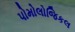
પોમોલોજિકલ